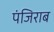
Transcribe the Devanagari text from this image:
पंजिराब